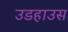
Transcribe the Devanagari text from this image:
उडहाउस